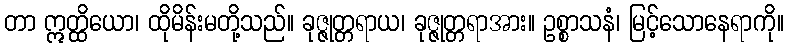
တာ ဣတ္ထိယော၊ ထိုမိန်းမတို့သည်။ ခုဇ္ဇုတ္တရာယ၊ ခုဇ္ဇုတ္တရာအား။ ဥစ္စာသနံ၊ မြင့်သောနေရာကို။